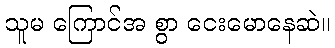
သူမ ကြောင်အ စွာ ငေးမောနေဆဲ။